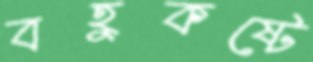
বহুকষ্টে